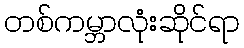
တစ်ကမ္ဘာလုံးဆိုင်ရာ